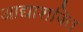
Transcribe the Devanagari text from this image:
आद्याशक्ति